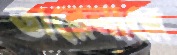
তারেনারে